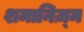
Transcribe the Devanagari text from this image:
शमानिज़्म